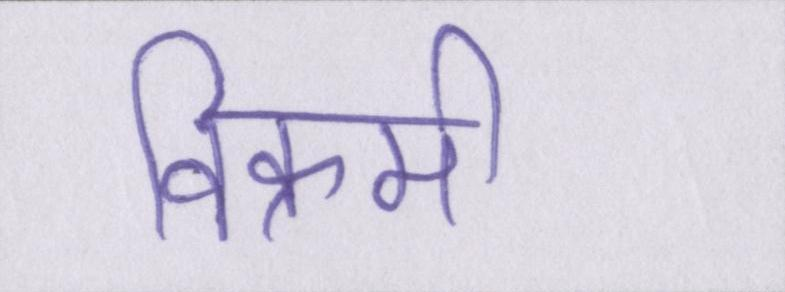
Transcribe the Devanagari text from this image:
विक्रमी